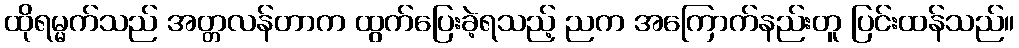
ထိုရမ္မက်သည် အတ္တလန်တာက ထွက်ပြေးခဲ့ရသည့် ညက အကြောက်နည်းတူ ပြင်းထန်သည်။